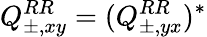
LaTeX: Q_{\pm,xy}^{RR}=(Q_{\pm,yx}^{RR})^{*}